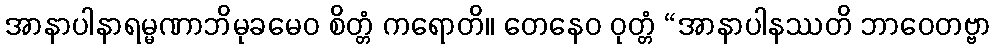
အာနာပါနာရမ္မဏာဘိမုခမေဝ စိတ္တံ ကရောတိ။ တေနေဝ ဝုတ္တံ “အာနာပါနဿတိ ဘာဝေတဗ္ဗာ